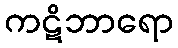
ကဋိဘာရော